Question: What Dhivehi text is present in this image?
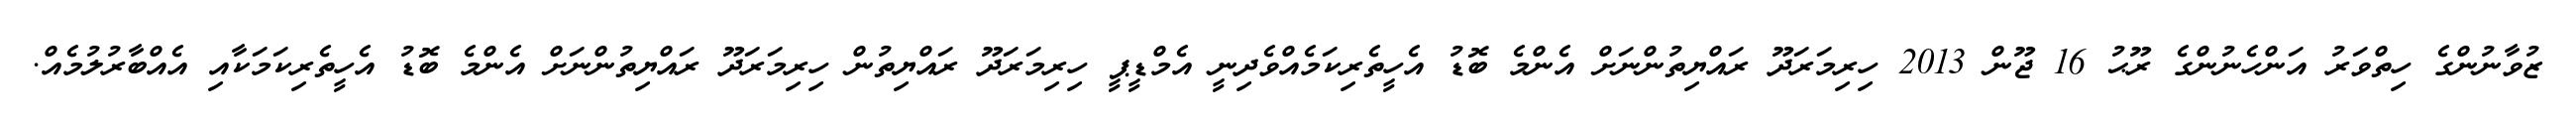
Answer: ޒުވާނުންގެ ހިތްވަރު އަންހެނުންގެ ރޫޙު 16 ޖޫން 2013 ހިރިމަރަދޫ ރައްޔިތުންނަށް އެންމެ ބޮޑު އެހީތެރިކަމެއްވެދިނީ އެމްޑީޕީ ހިރިމަރަދޫ ރައްޔިތުން ހިރިމަރަދޫ ރައްޔިތުންނަށް އެންމެ ބޮޑު އެހީތެރިކަމަކާއި އެއްބާރުލުމެއް.